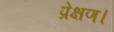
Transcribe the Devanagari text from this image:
प्रेक्षण।